Document type: Grant
Year: 1301
Scribe: Berenguer de Terrassa
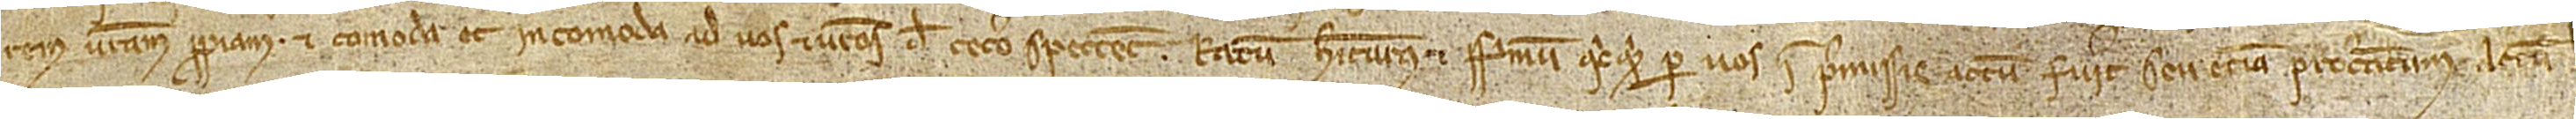
rem vestram propriam et comoda et incomoda ad vos et vestros de cetero spectent ratum habiturus et firmum quicquid per vos in premissis actum fuerit seu etiam procuratum.  Actum